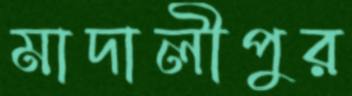
মাদালীপুর